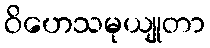
ဝိဟေသမုယျုတာ